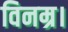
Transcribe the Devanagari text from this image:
विनम्र।